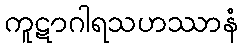
ကူဋာဂါရသဟဿာနံ